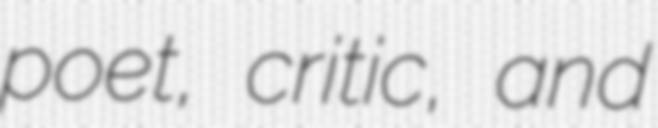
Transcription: poet, critic, and